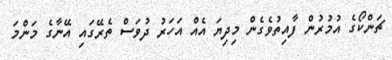
ޗަންކޯގެ އުމުރުން ފާއިތުުވެގެން މިދިޔަ އެއް އަހަރު ދުވަސް ތެރޭގައި އޭނާގެ މަންމަ